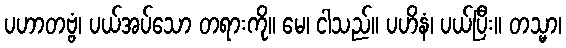
ပဟာတဗ္ဗံ၊ ပယ်အပ်သော တရားကို။ မေ၊ ငါသည်။ ပဟိနံ၊ ပယ်ပြီး။ တသ္မာ၊